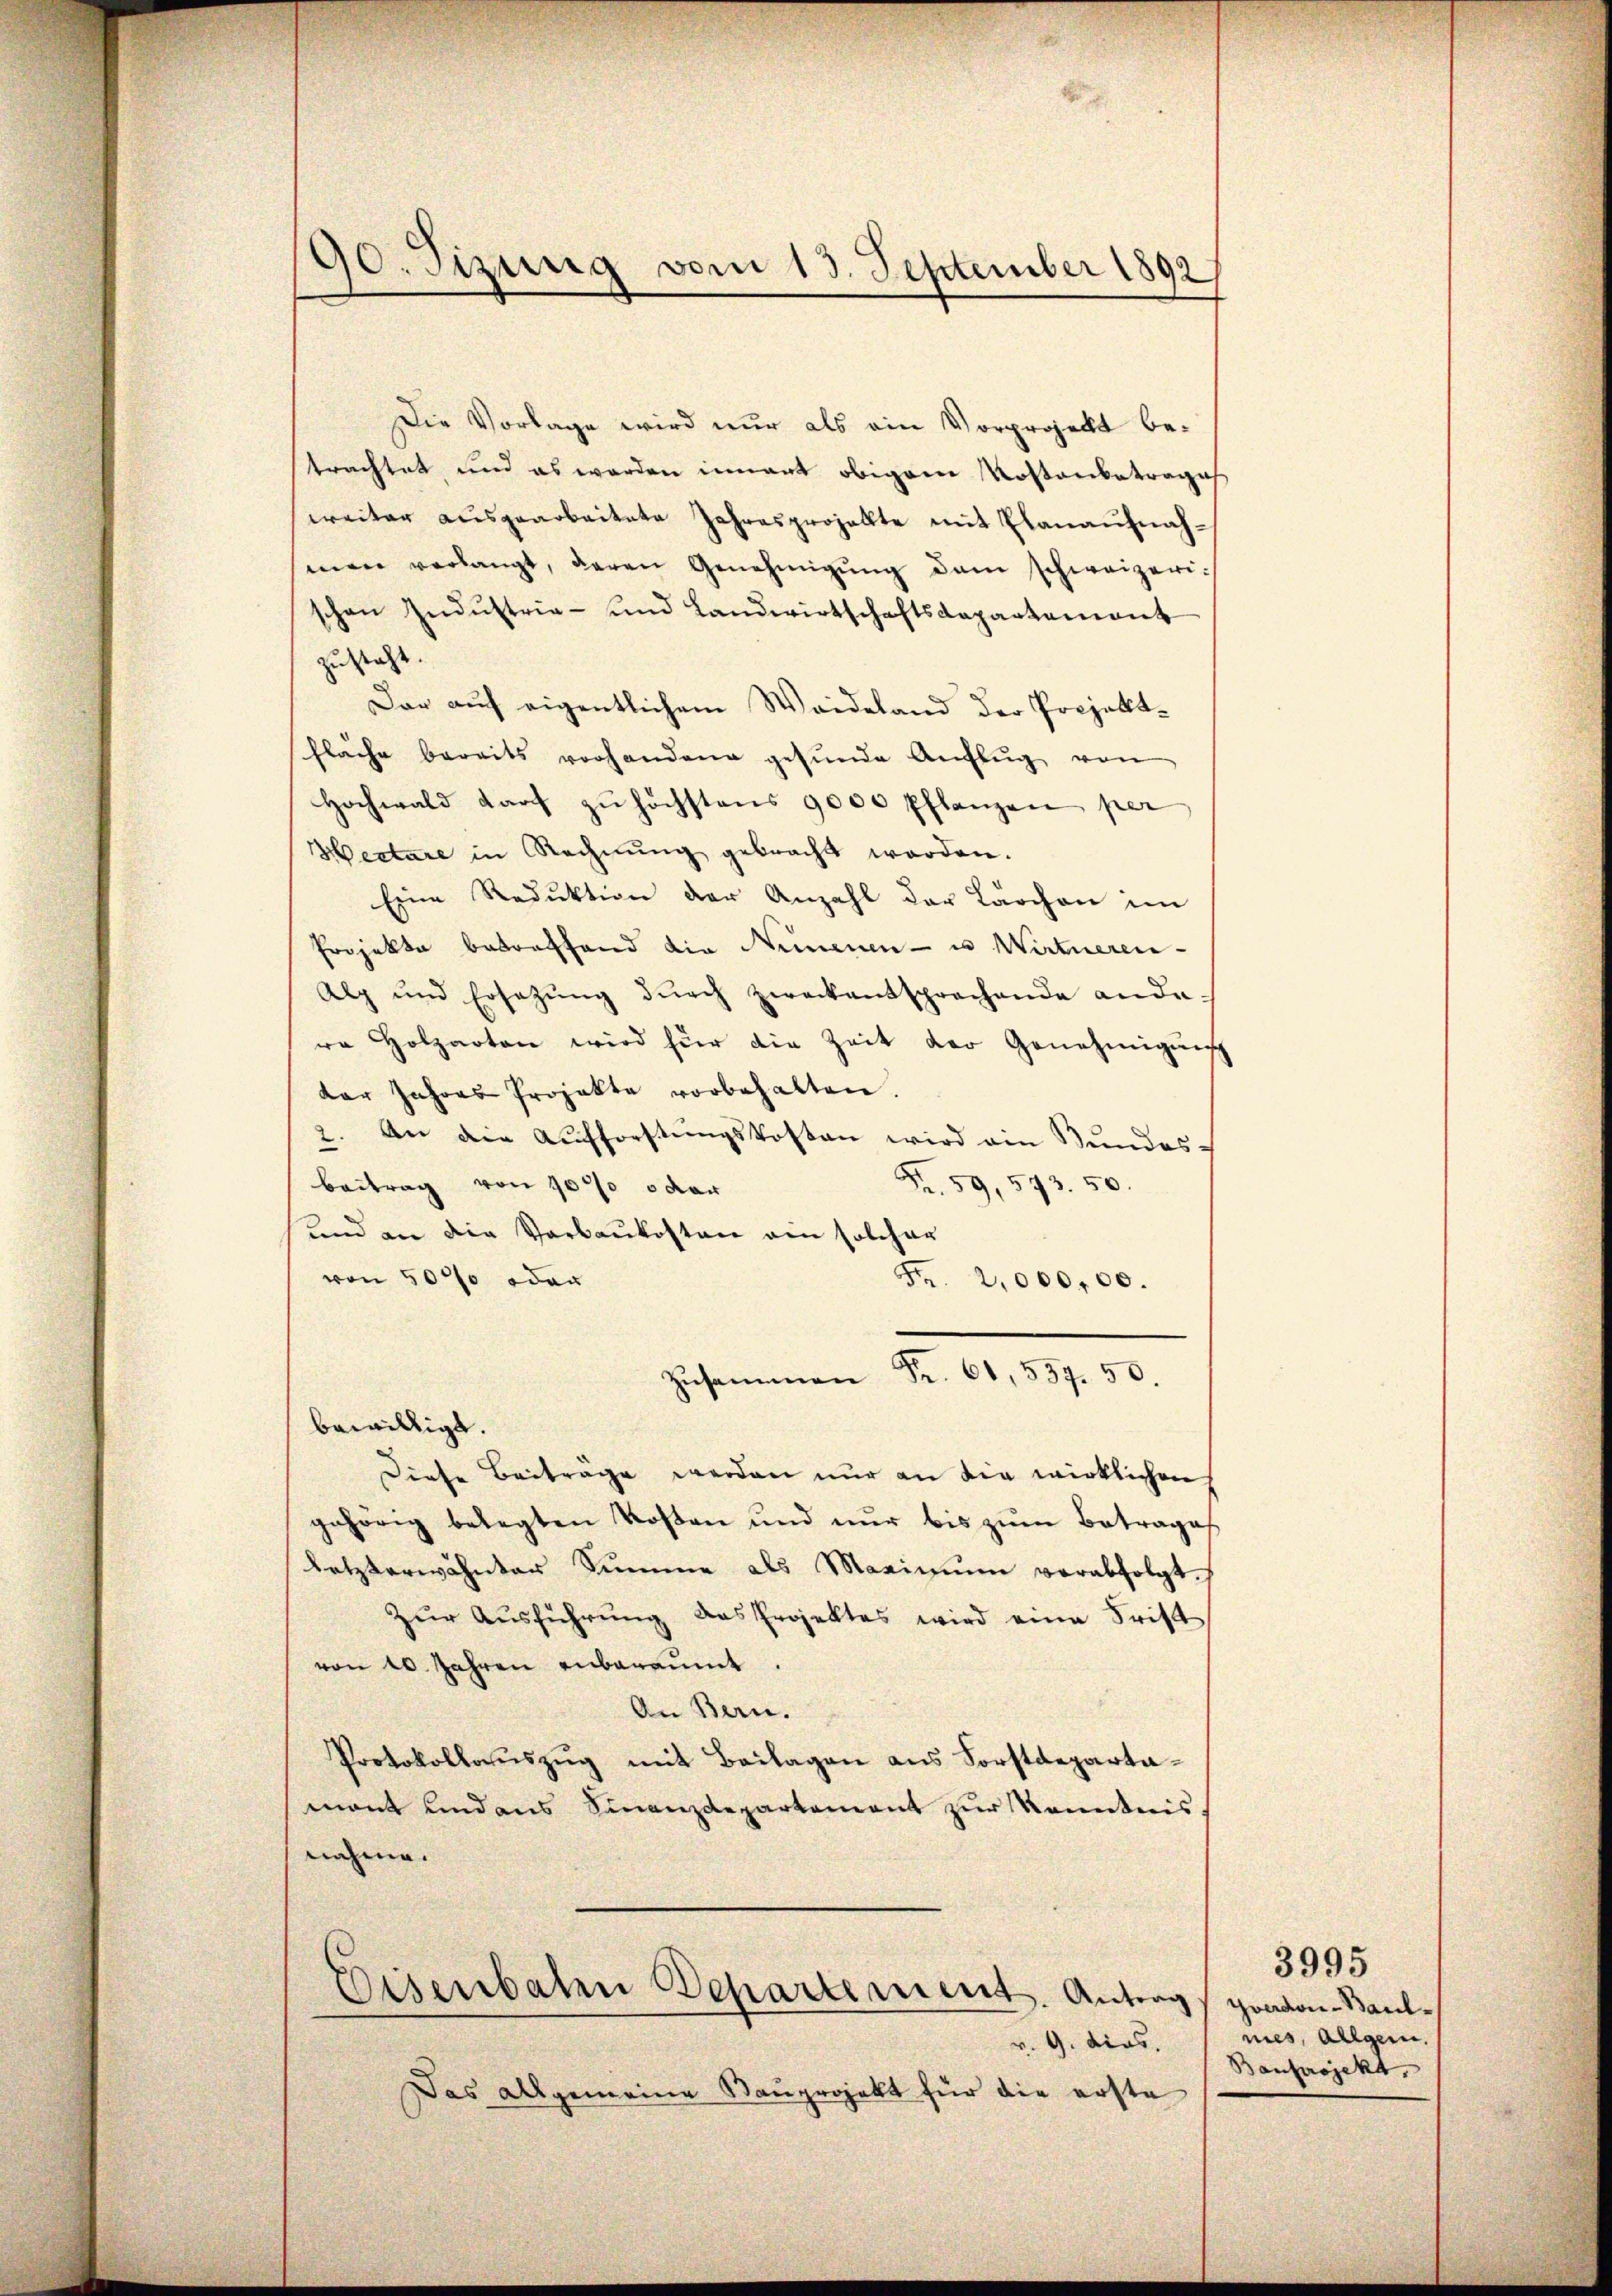
90. Sizung vom 13. September 1892

Die Vorlage wird nur als ein Vorprojekt betrachtet und es werden innert obigem Kostenbetrages
weiter ausgearbeitete Jahresprojellte mit Elanaŭfnah-
men verlangt, deren Genehmigŭng dem schweizeri-
schen Indŭstrie- und Landwirtschaftsdepartement
zusteht.
Dan auf eigentlichem Waideland der Projektfläche bereits vorhandene gefŭnde Anflŭg von
Hochwald darf zu höchstens 9000 Pflanzen per
Hectare in Rechnŭng gebracht worden.
Eine Reduktion der Anzahl der Lärchen im
Projekte betreffend die Armenen- u Wirtueren-
Alp und Ersetzŭng dŭrch zweckentsprechende ande-
ro Holzarten wird für die Zeit der Genehmigung
der Jahres Projekte vorbehalten.
2. An die Aufforstŭngskosten wird ein Bundes-
Fr. 59, 573. 50.
Beitrag von 1000 oder
und an die Verbaukosten ein solcher
von 5000 oder
Fr. 2,000,00.
Zusammen Fr. 61, 537. 50.
bewilligt.
Diese Beiträge werden nur an die wirklichen
gehörig belegten Kosten und nur bis zum Betrages
letzterwähnter Summe als Maximum verabfolgt.
Zŭr Aŭsführŭng das Projektes wird eine Frist
von 10. Jahren anberaumt.
An Bern.
Protokollauszug mit Beilagen aus Forstdepartamont und aus Finanzdepartement zur Kenntnis,
nahme.

Eisenbaten Departement. Antrag
v. 9. dies.

Das allgemeine Bauprojekt für die erste

Yverdon - Baulnies, allgem.
Bauprojekt,

3995